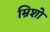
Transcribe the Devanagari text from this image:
म्रिशो